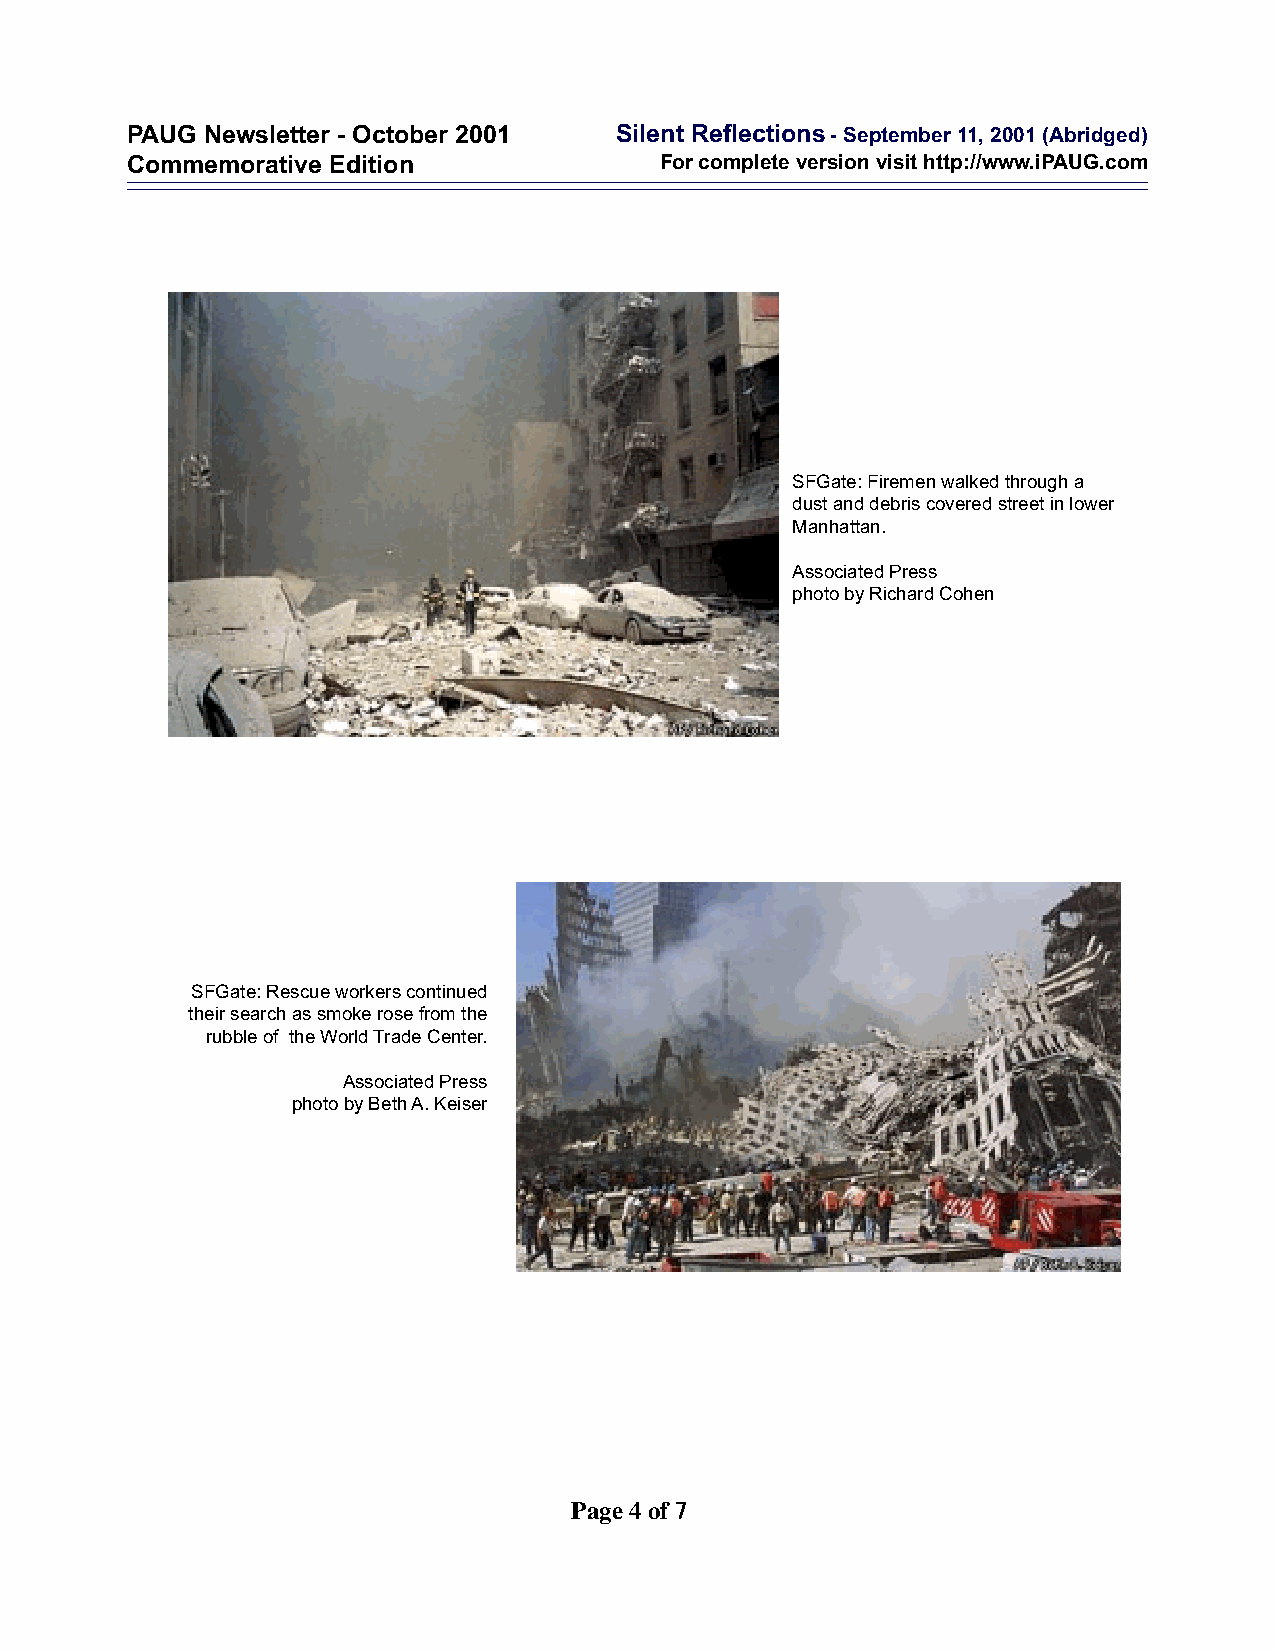
PAUG Newsletter - October 2001   Silent Reflections - September 11, 2001 (Abridged)
 Commemorative Edition               For complete version visit http://www.iPAUG.com
 SFGate: Firemen walked through a
 dust and debris covered street in lower
 Manhattan.
 Associated Press
 photo by Richard Cohen
 SFGate: Rescue workers continued
 their search as smoke rose from the
 rubble of the World Trade Center.
 Associated Press
 photo by Beth A. Keiser
 Page 4 of 7